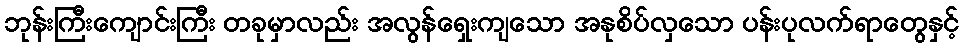
ဘုန်းကြီးကျောင်းကြီး တခုမှာလည်း အလွန်ရှေးကျသော အနုစိပ်လှသော ပန်းပုလက်ရာတွေနှင့်